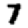
Digit: 7